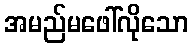
အမည်မဖေါ်လိုသော